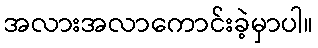
အလားအလာကောင်းခဲ့မှာပါ။